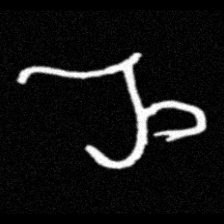
Pyu character \u2014 Myanmar letter: ည (romanized: nya)